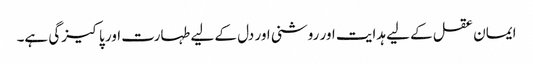
ایمان عقل کے لیے ہدایت اور روشنی اور دل کے لیے طہارت اور پاکیزگی ہے۔